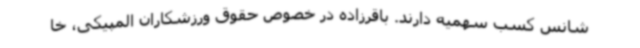
شانس کسب سهمیه دارند. باقرزاده در خصوص حقوق ورزشکاران المپیکی، خا